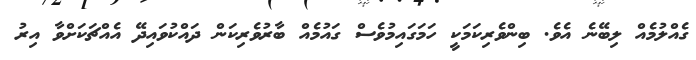
ގެއްލުމެއް ލިބޭނެ އެވެ. ބިންވެރިކަމަކީ ހަމަގައިމުވެސް ގައުމެއް ބާރުވެރިކަން ދައްކުވައިދޭ އެއްޗަކަށްވާ އިރު